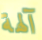
آلهة